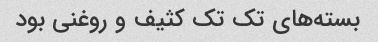
بسته‌های تک تک کثیف و روغنی بود